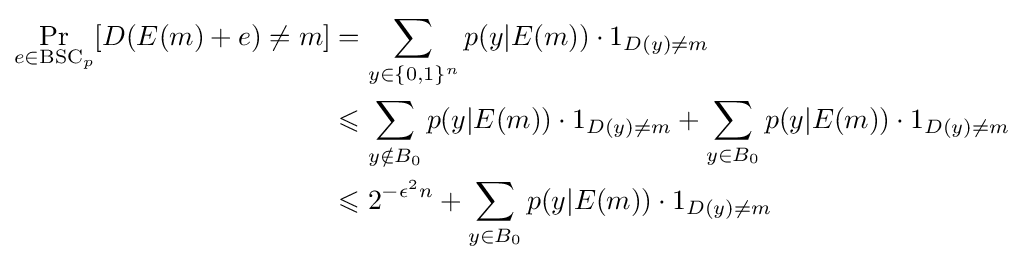
{\begin{aligned}\Pr _{e\in {\text{BSC}}_{p}}[D(E(m)+e)\neq m]&=\sum _{y\in \{0,1\}^{n}}p(y|E(m))\cdot 1_{D(y)\neq m}\\&\leqslant \sum _{y\notin B_{0}}p(y|E(m))\cdot 1_{D(y)\neq m}+\sum _{y\in B_{0}}p(y|E(m))\cdot 1_{D(y)\neq m}\\&\leqslant 2^{-{\epsilon ^{2}}n}+\sum _{y\in B_{0}}p(y|E(m))\cdot 1_{D(y)\neq m}\end{aligned}}